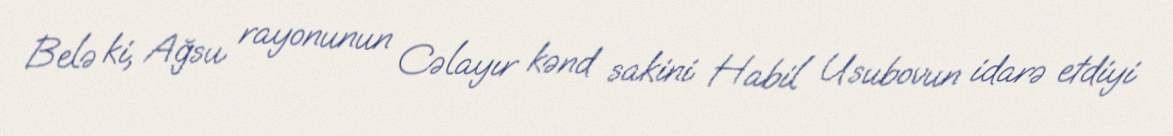
Belə ki, Ağsu rayonunun Cəlayır kənd sakini Habil Usubovun idarə etdiyi